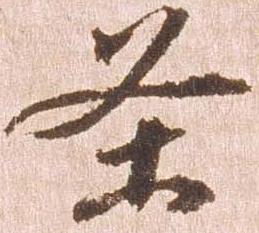
条